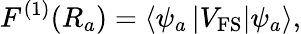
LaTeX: F^{(1)}(R_{a})=\left<\psi_{a}\left|V_{\mathrm{FS}}\right|\psi_{a}\right>,